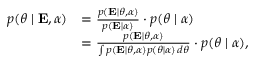
{ \begin{array} { r l } { p ( { \boldsymbol { \theta } } \mid \mathbf { E } , { \boldsymbol { \alpha } } ) } & { = { \frac { p ( \mathbf { E } \mid { \boldsymbol { \theta } } , { \boldsymbol { \alpha } } ) } { p ( \mathbf { E } \mid { \boldsymbol { \alpha } } ) } } \cdot p ( { \boldsymbol { \theta } } \mid { \boldsymbol { \alpha } } ) } \\ & { = { \frac { p ( \mathbf { E } \mid { \boldsymbol { \theta } } , { \boldsymbol { \alpha } } ) } { \int p ( \mathbf { E } \mid { \boldsymbol { \theta } } , { \boldsymbol { \alpha } } ) p ( { \boldsymbol { \theta } } \mid { \boldsymbol { \alpha } } ) \, d { \boldsymbol { \theta } } } } \cdot p ( { \boldsymbol { \theta } } \mid { \boldsymbol { \alpha } } ) , } \end{array} }